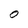
Character: O